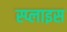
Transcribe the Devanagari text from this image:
स्प्लाइस